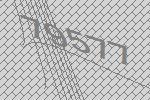
79577